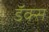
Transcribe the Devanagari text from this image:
डॅक्स